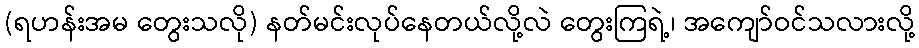
(ရဟန်းအမ တွေးသလို) နတ်မင်းလုပ်နေတယ်လို့လဲ တွေးကြရဲ့၊ အကျော်ဝင်သလားလို့